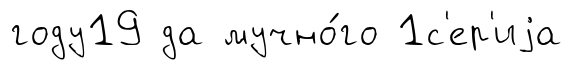
году19 да мучно́го 1с'ер'иjа